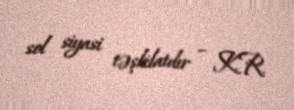
sol siyasi təşkilatdır – K.R.